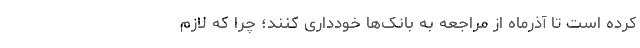
کرده است تا آذرماه از مراجعه به بانک‌ها خودداری کنند؛ چرا که لازم